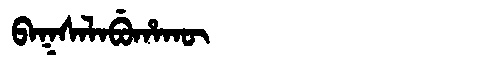
Manchu: ᠪᠠᡴᠰᠠᠯᠠᠪᡠᡥᠠᡴᡡ
Romanization: BAKSALABUHAKŪ